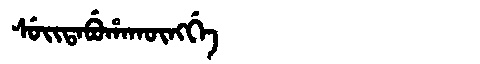
Manchu: ᠰᡠᡳᡨᠠᠪᡠᡥᠠᡴᡡᠩᡤᡝ
Romanization: SUITABUHAKŪNGGE